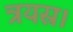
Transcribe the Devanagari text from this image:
त्रयस्र।